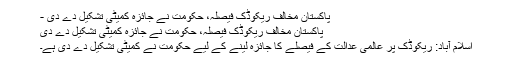
پاکستان مخالف ریکوڈک فیصلہ، حکومت نے جائزہ کمیٹی تشکیل دے دی -
پاکستان مخالف ریکوڈک فیصلہ، حکومت نے جائزہ کمیٹی تشکیل دے دی
اسلام آباد: ریکوڈک پر عالمی عدالت کے فیصلے کا جائزہ لینے کے لیے حکومت نے کمیٹی تشکیل دے دی ہے۔